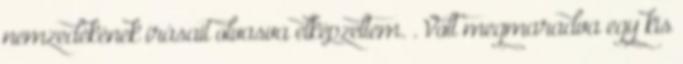
nemzedékének írásait olvasva elképzeltem. . Volt megmaradva egy kis